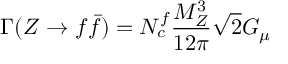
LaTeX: \Gamma ( Z \rightarrow f \bar { f } ) = N _ { c } ^ { f } \frac { M _ { Z } ^ { 3 } } { 1 2 \pi } \sqrt { 2 } G _ { \mu }